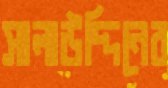
সালাউদ্দিনের